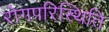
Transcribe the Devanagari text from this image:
रोगपरिस्थिति